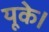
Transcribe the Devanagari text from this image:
यूके।